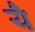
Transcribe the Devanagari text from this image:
येै